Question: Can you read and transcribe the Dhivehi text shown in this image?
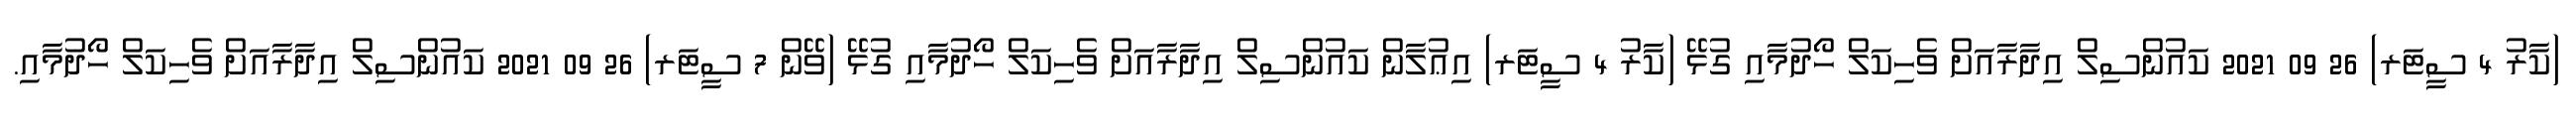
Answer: (ކާރު 4 ސީޓަރ) 26 09 2021 ކައުންސިލް އިދާރާއަށް ވެހިކަލް ހޯދުމާއި ގުޅޭ (ކާރު 4 ސީޓަރ) އިޢުލާން ކައުންސިލް އިދާރާއަށް ވެހިކަލް ހޯދުމާއި ގުޅޭ (ވޭން 7 ސީޓަރ) 26 09 2021 ކައުންސިލް އިދާރާއަށް ވެހިކަލް ހޯދުމާއި.